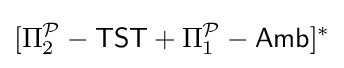
[\Pi _{2}^{\mathcal {P}}-{\mathsf {TST}}+\Pi _{1}^{\mathcal {P}}-{\mathsf {Amb}}]^{*}